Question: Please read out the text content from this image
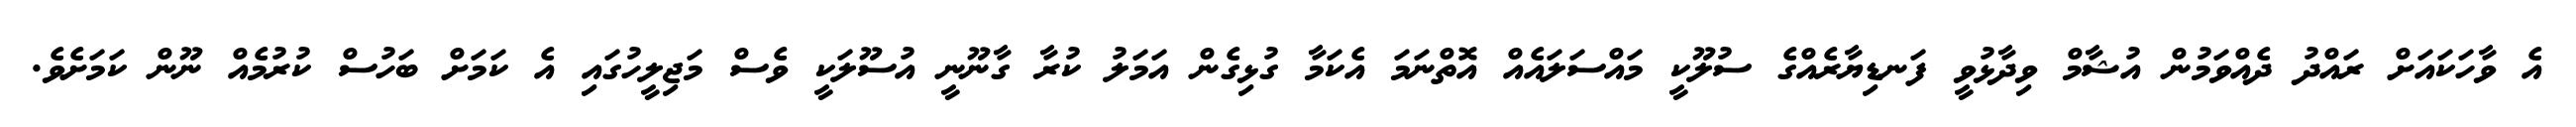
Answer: އެ ވާހަކައަށް ރައްދު ދެއްވަމުން އުޝާމް ވިދާޅުވީ ފަނޑިޔާރެއްގެ ސުލޫކީ މައްސަލައެއް އޮތްނަމަ އެކަމާ ގުޅިގެން އަމަލު ކުރާ ގާނޫނީ އުސޫލަކީ ވެސް މަޖިލީހުގައި އެ ކަމަށް ބަހުސް ކުރުމެއް ނޫން ކަމަށެވެ.